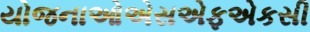
યોજનાઓએસએફએકસી